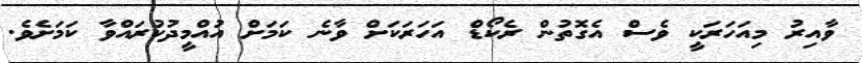
ވާއިރު މިއަހަރަކީ ވެސް އެގޮތުން ރެކޯޑް އަހަރަކަށް ވާނެ ކަމަށް އުއްމީދުކުރައްވާ ކަމަށެވެ.